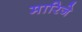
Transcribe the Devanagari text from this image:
मारिजे